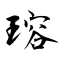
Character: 瑢